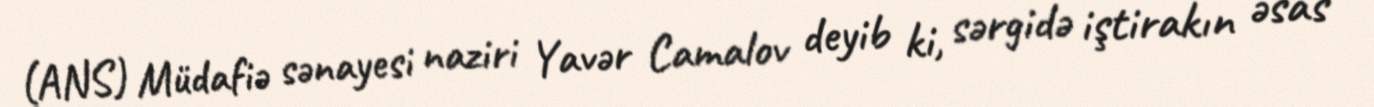
(ANS) Müdafiə sənayesi naziri Yavər Camalov deyib ki, sərgidə iştirakın əsas